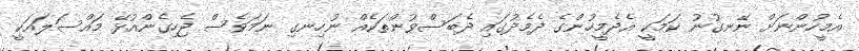
އެމީހުންނަށް ނޭނގުނު ކަމަކީ އެދެމީހުންގެ ދެމެދުގައި ދެބަސްވުންތަކެއް ނުހިނގި ނަމަވެސް ޖެހިގެންއުޅޭ މައްސަލައަކީ